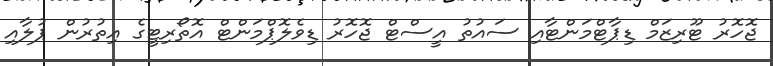
ޖޮހޮރު ޓޫރިޒަމް ޑިޕާޓްމަންޓާއި ސައުތު އީސްޓް ޖޮހޮރު ޑިވެލޮޕްމަންޓް އޮތޯރިޓީގެ އިތުރުން ޕުލާއި